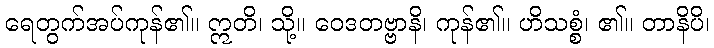
ရေတွက်အပ်ကုန်၏။ ဣတိ၊ သို့။ ဝေဒတဗ္ဗာနိ၊ ကုန်၏။ ဟိသစ္စံ၊ ၏။ တာနိပိ၊